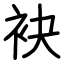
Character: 袂